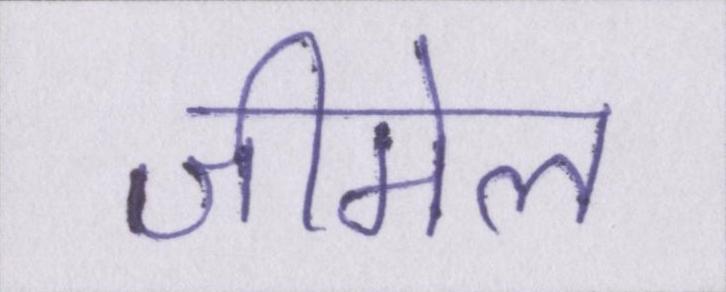
जीमेल